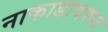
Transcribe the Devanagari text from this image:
नाकाडावरुन